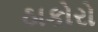
ઠાકોરો